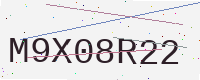
Text: M9X08R22